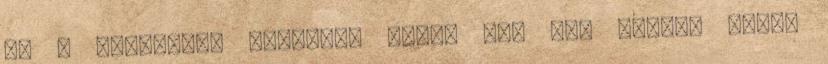
ha a keveredés idejében éltek is, nem vettek részt